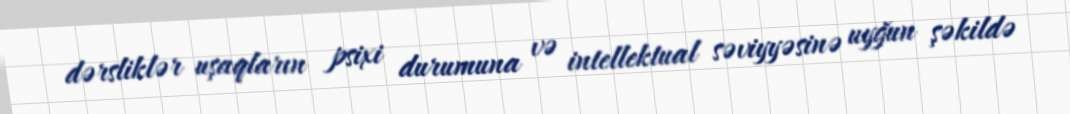
dərsliklər uşaqların psixi durumuna və intellektual səviyyəsinə uyğun şəkildə